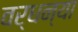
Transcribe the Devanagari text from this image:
वर्धन्या